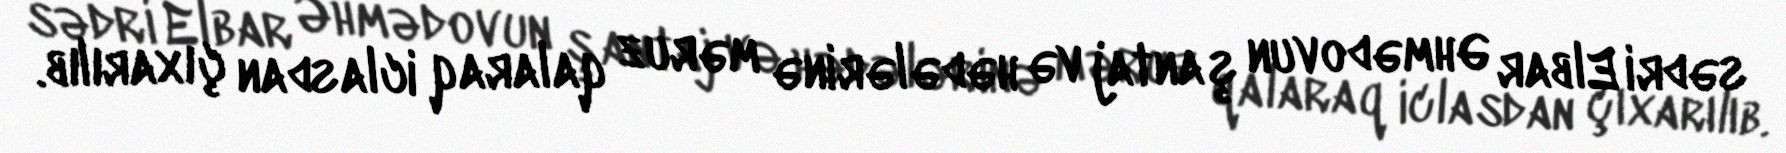
sədri Elbar Əhmədovun şantaj və hədələrinə məruz qalaraq iclasdan çıxarılıb.